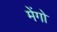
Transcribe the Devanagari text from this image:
मेंगो